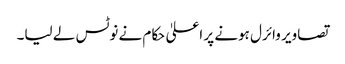
تصاویر وائرل ہونے پر اعلیٰ حکام نے نوٹس لے لیا۔